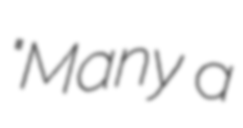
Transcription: "Many a